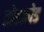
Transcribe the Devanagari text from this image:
तोडफ़ोड